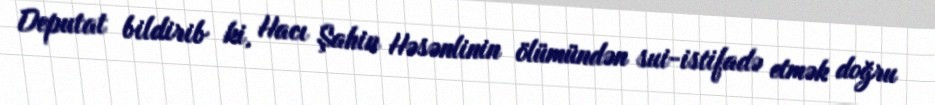
Deputat bildirib ki, Hacı Şahin Həsənlinin ölümündən sui-istifadə etmək doğru